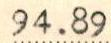
94.89